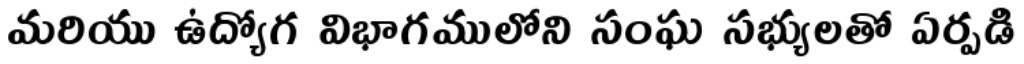
మరియు ఉద్యోగ విభాగములోని సంఘ సభ్యులతో ఏర్పడి